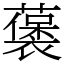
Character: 藵